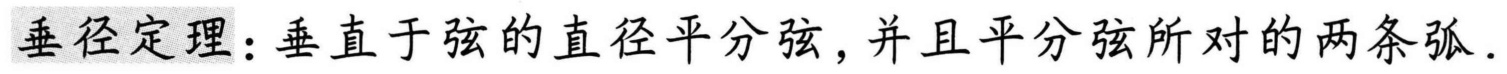
垂径定理：垂直于弦的直径平分弦，并且平分弦所对的两条弧.